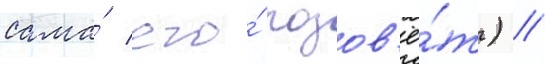
сама́ его́ позов'ё́т) //